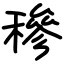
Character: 穇